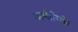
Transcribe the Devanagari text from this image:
अमीरिकी